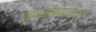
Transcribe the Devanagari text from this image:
चळवळीबद्दलची